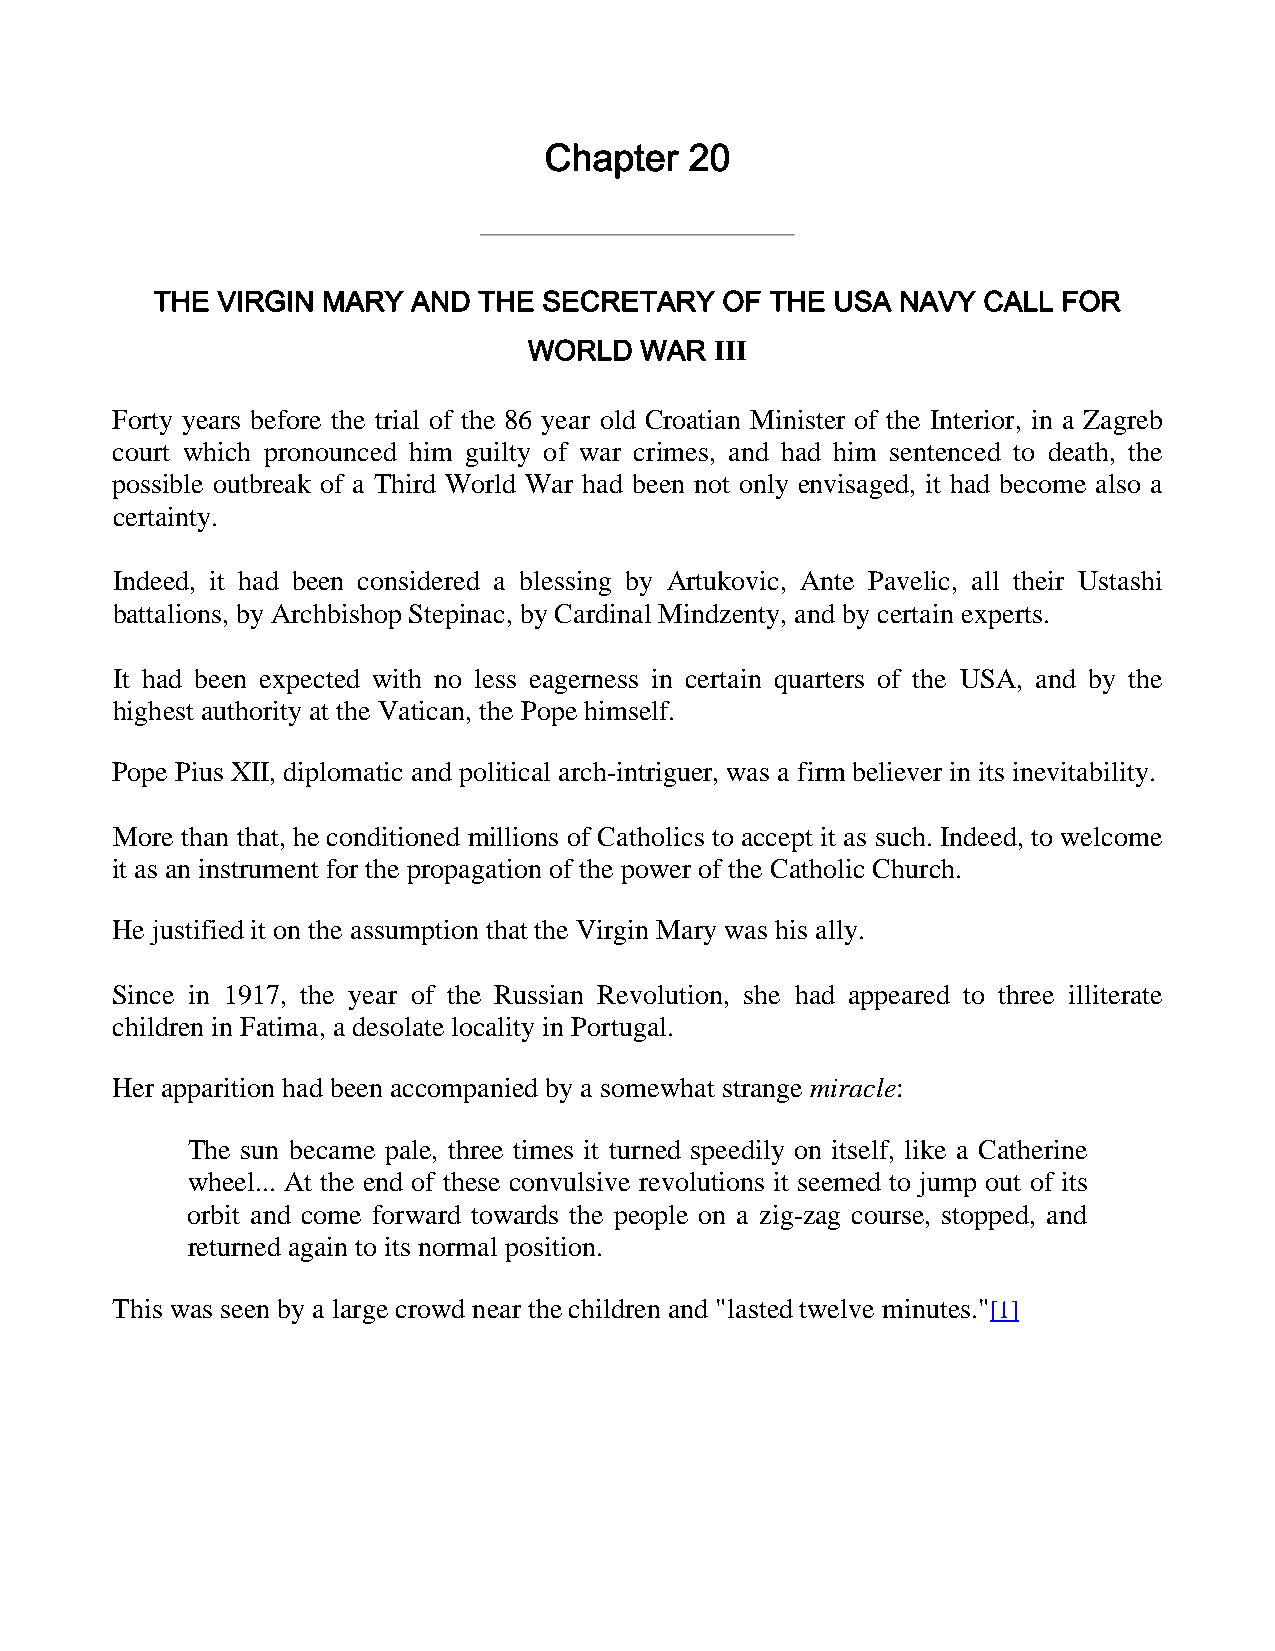
Chapter   20
 THE VIRGIN MARY  AND  THE SECRETARY   OF THE USA  NAVY CALL FOR
 WORLD  WAR  III
 Forty years before the trial of the 86 year old Croatian Minister of the Interior, in a Zagreb
 court which pronounced him guilty of war crimes, and had him sentenced to death, the
 possible outbreak of a Third World War had been not only envisaged, it had become also a
 certainty.
 Indeed, it had been considered a blessing by Artukovic, Ante Pavelic, all their Ustashi
 battalions, by Archbishop Stepinac, by Cardinal Mindzenty, and by certain experts.
 It had been expected with no less eagerness in certain quarters of the USA, and by the
 highest authority at the Vatican, the Pope himself.
 Pope Pius XII, diplomatic and political arch-intriguer, was a firm believer in its inevitability.
 More than that, he conditioned millions of Catholics to accept it as such. Indeed, to welcome
 it as an instrument for the propagation of the power of the Catholic Church.
 He justified it on the assumption that the Virgin Mary was his ally.
 Since in 1917, the year of the Russian Revolution, she had appeared to three illiterate
 children in Fatima, a desolate locality in Portugal.
 Her apparition had been accompanied by a somewhat strange miracle:
 The sun became pale, three times it turned speedily on itself, like a Catherine
 wheel... At the end of these convulsive revolutions it seemed to jump out of its
 orbit and come forward towards the people on a zig-zag course, stopped, and
 returned again to its normal position.
 This was seen by a large crowd near the children and "lasted twelve minutes."[1]